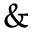
\&